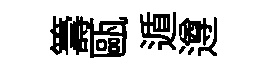
籌甌遁遵